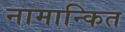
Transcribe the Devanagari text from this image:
नामान्कित